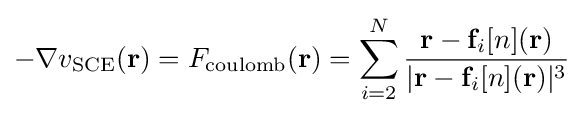
-\nabla v_{\rm {SCE}}(\mathbf {r} )=F_{\rm {coulomb}}(\mathbf {r} )=\sum _{i=2}^{N}{\frac {\mathbf {r} -\mathbf {f} _{i}[n](\mathbf {r} )}{|\mathbf {r} -\mathbf {f} _{i}[n](\mathbf {r} )|^{3}}}